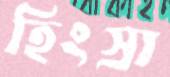
হিংস্রা